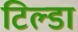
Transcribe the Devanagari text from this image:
टिल्डा